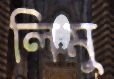
লিমু